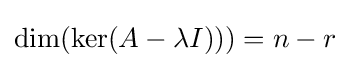
\dim(\ker(A-\lambda I)))=n-r